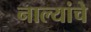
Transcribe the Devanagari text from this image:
नाल्यांचे